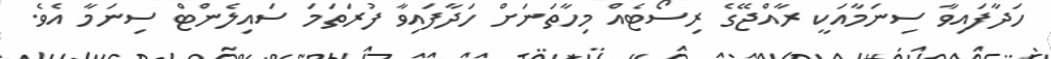
ހަދާފައިވާ ސިނަމާއަކީ ރާއްޖޭގެ ރިސޯޓެއް މިހާތަނަށް ހަދާފައިވާ ފުރަތަމަ ސައިލެންޓް ސިނަމާ އެވެ.